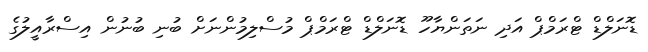
ޑޮނަލްޑް ޓްރަމްޕް އަދި ނަތަންޔާހޫ ޑޮނަލްޑް ޓްރަމްޕް މުސްލިމުންނަށް ބުނި ބުނުން އިސްރާއީލުގެ